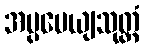
အပ္ပမေယျသုတ္တံ